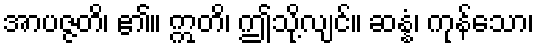
အာပဇ္ဇတိ၊ ၏။ ဣတိ၊ ဤသို့လျင်။ ဆန္နံ၊ ကုန်သော၊